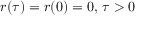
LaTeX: r ( \tau ) = r ( 0 ) = 0 , \, \tau > 0